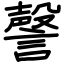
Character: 謦